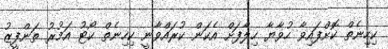
ކިހިނެތް ކޮށްފައިވާ ހުވާޔާ ހިލާފަށް އެކަން ކުރައްވާނީ ކިހިނެތް ކޯޓު އަމުރު ތަންފީޒު